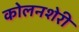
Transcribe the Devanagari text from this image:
कोलनशेरी